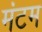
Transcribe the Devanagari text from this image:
मंटम